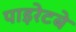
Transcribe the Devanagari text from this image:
पाइरेटबे